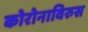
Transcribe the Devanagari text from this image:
कोरोनाविरुस